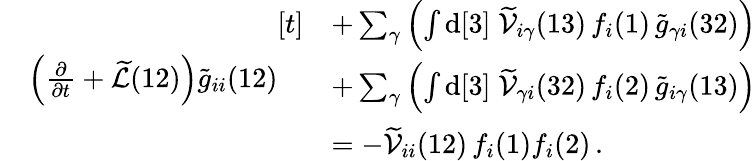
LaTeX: \begin{array}{rl}&{\left(\frac{\partial}{\partial t}+\widetilde{\mathcal{L}}(12)\right)\widetilde{g}_{ii}(12)\begin{array}{rl}{[t]}&{+\sum_{\gamma}\left(\int\mathrm{d}[3]\; \widetilde{\mathcal{V}}_{i\gamma}(13)\, f_{i}(1)\, \widetilde{g}_{\gamma i}(32)\right)}\\ &{+\sum_{\gamma}\left(\int\mathrm{d}[3]\; \widetilde{\mathcal{V}}_{\gamma i}(32)\, f_{i}(2)\, \widetilde{g}_{i\gamma}(13)\right)}\\ &{=-\widetilde{\mathcal{V}}_{ii}(12)\, f_{i}(1)f_{i}(2)\, .}\end{array}}\end{array}